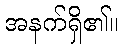
အနက်ရှိ၏။